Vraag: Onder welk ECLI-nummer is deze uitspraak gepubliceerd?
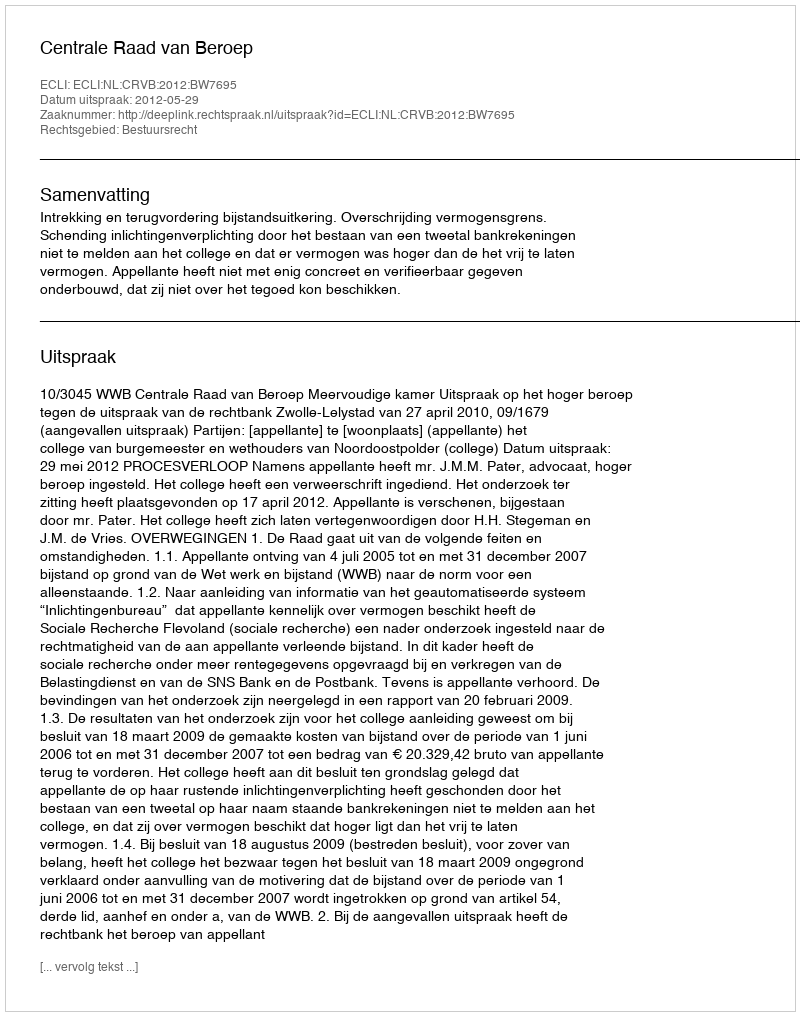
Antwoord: ECLI:NL:CRVB:2012:BW7695